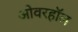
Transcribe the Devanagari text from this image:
ओवरहॉल